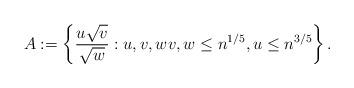
LaTeX: \begin{align*}A:=\left \{ \frac{u \sqrt v}{\sqrt w} : u,v,w v,w \leq n^{1/5}, u \leq n^{3/5} \right \}.\end{align*}